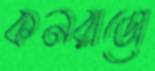
কনরাডো